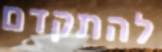
להתקדם